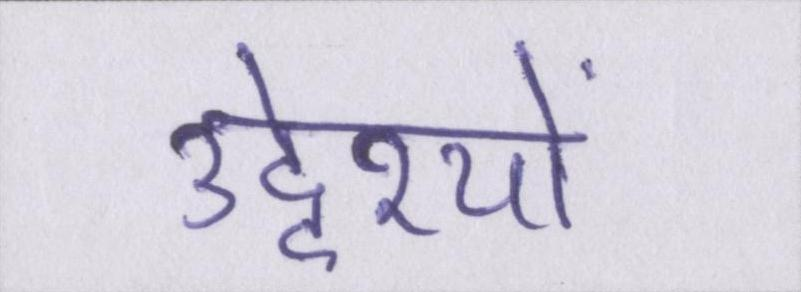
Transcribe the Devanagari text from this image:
उद्देश्यों